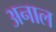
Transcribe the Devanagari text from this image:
अनाल